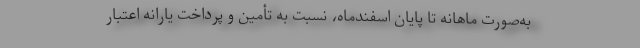
به‌صورت ماهانه تا پایان اسفندماه، نسبت به تأمین و پرداخت یارانه اعتبار